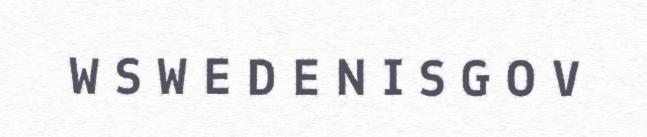
W S W E D E N I S G O V